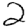
Digit: 2